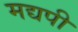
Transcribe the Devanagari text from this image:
मद्यपी